Indian journal of veterinary science and animal husbandry - Volume 10,
Year: 1940
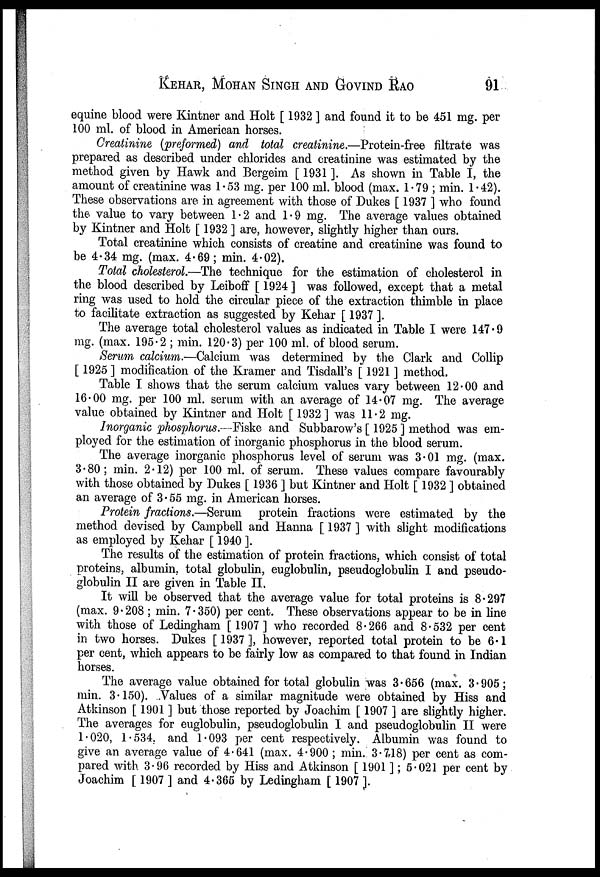
KEHAR, MOHAN SINGH AND GOVIND RAO 91
equine blood were Kintner and Holt [ 1932 ] and found it to be 451 mg. per
100 ml. of blood in American horses.
Creatinine (preformed) and total creatinine.—Protein-free filtrate was
prepared as described under chlorides and creatinine was estimated by the
method given by Hawk and Bergeim [ 1931 ]. As shown in Table I, the
amount of creatinine was 1.53 mg. per 100 ml. blood (max. 1.79 ; min. 1.42).
These observations are in agreement with those of Dukes [ 1937 ] who found
the value to vary between 1.2 and 1.9 mg. The average values obtained
by Kintner and Holt [ 1932 ] are, however, slightly higher than ours.
Total creatinine which consists of creatine and creatinine was found to
be 4.34 mg. (max. 4.69; min. 4.02).
Total cholesterol.—The technique for the estimation of cholesterol in
the blood described by Leiboff [ 1924 ] was followed, except that a metal
ring was used to hold the circular piece of the extraction thimble in place
to facilitate extraction as suggested by Kehar [ 1937 ].
The average total cholesterol values as indicated in Table I were 147.9
mg. (max. 195.2 ; min. 120.3) per 100 ml. of blood serum.
Serum calcium.—Calcium was determined by the Clark and Collip
[ 1925 ] modification of the Kramer and Tisdall's [ 1921 ] method.
Table I shows that the serum calcium values vary between 12.00 and
16.00 mg. per 100 ml. serum with an average of 14.07 mg. The average
value obtained by Kintner and Holt [ 1932 ] was 11.2 mg.
Inorganic phosphorus.—Fiske and Subbarow's [ 1925 ] method was em-
ployed for the estimation of inorganic phosphorus in the blood serum.
The average inorganic phosphorus level of serum was 3.01 mg. (max.
3.80; min. 2.12) per 100 ml. of serum. These values compare favourably
with those obtained by Dukes [ 1936 ] but Kintner and Holt [ 1932 ] obtained
an average of 3.55 mg. in American horses.
Protein fractions.—Serum protein fractions were estimated by the
method devised by Campbell and Hanna [ 1937 ] with slight modifications
as employed by Kehar [ 1940 ].
The results of the estimation of protein fractions, which consist of total
proteins, albumin, total globulin, euglobulin, pseudoglobulin I and pseudo-
globulin II are given in Table II.
It will be observed that the average value for total proteins is 8.297
(max. 9.208 ; min. 7.350) per cent. These observations appear to be in line
with those of Ledingham [ 1907] who recorded 8.266 and 8.532 per cent
in two horses. Dukes [1937], however, reported total protein to be 6.1
per cent, which appears to be fairly low as compared to that found in Indian
horses.
The average value obtained for total globulin was 3.656 (max. 3.905;
min. 3.150). Values of a similar magnitude were obtained by Hiss and
Atkinson [ 1901 ] but those reported by Joachim [ 1907 ] are slightly higher.
The averages for euglobulin, pseudoglobulin I and pseudoglobulin II were
1.020, 1.534, and 1.093 per cent respectively. Albumin was found to
give an average value of 4.641 (max. 4.900 ; min. 3.718) per cent as com-
pared with 3.96 recorded by Hiss and Atkinson [ 1901 ]; 5.021 per cent by
Joachim [ 1907 ] and 4.365 by Ledingham [ 1907 ].